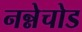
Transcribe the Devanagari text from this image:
नन्नेचोड